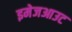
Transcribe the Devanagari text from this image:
इमेजआउट